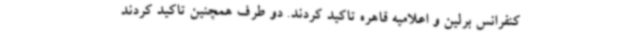
کنفرانس برلین و اعلامیه قاهره تاکید کردند. دو طرف همچنین تاکید کردند